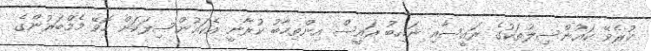
ކުރެވޭ ކައުންސިލުތަކުގެ ރައީސާއި ނައިބު ރައީސް އިންތިހާބު ކުރާނީ އެކައުންސިލަކަށް ހޮވޭ މެމްބަރުންގެ